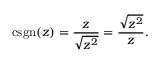
\operatorname { c s g n } ( z ) = { \frac { z } { \sqrt { z ^ { 2 } } } } = { \frac { \sqrt { z ^ { 2 } } } { z } } .